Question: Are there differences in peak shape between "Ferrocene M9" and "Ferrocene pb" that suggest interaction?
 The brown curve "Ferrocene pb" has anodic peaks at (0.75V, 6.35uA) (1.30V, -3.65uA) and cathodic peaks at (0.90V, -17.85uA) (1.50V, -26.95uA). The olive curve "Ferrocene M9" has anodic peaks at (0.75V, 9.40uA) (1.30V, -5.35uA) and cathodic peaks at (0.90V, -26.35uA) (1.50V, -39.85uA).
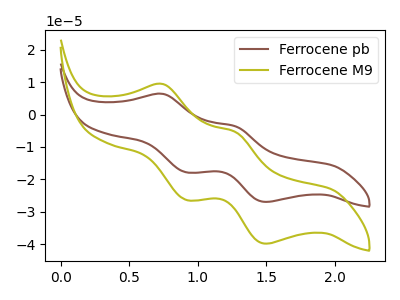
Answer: <think>All the peaks in "Ferrocene M9" have a peak in "Ferrocene pb" at the same potential.
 </think>
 <answer>No, "Ferrocene M9" and "Ferrocene pb" don't appear to be significantly different in shape</answer>
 <eval>no_change</eval>